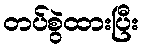
တပ်စွဲထားပြီး